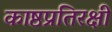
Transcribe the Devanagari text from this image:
काष्ठप्रतिरक्षी